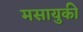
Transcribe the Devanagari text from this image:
मसायुकी